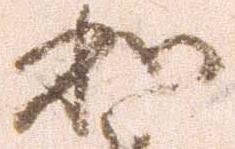
和